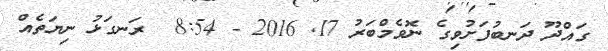
ގައްދޫ ދަނބުފަށުވިގެ ނޮވެމްބަރު 17